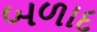
બળાદ